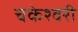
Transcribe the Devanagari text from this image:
चकेश्वरी